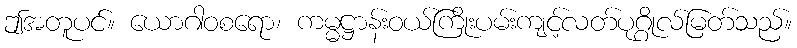
ဤအတူပင်။ ယောဂါဝစရော၊ ကမ္မဋ္ဌာန်းဝယ်ကြိုးပမ်းကျင့်လတ်ပုဂ္ဂိုလ်မြတ်သည်။